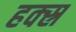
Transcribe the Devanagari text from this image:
हक्स्र